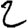
Digit: 2